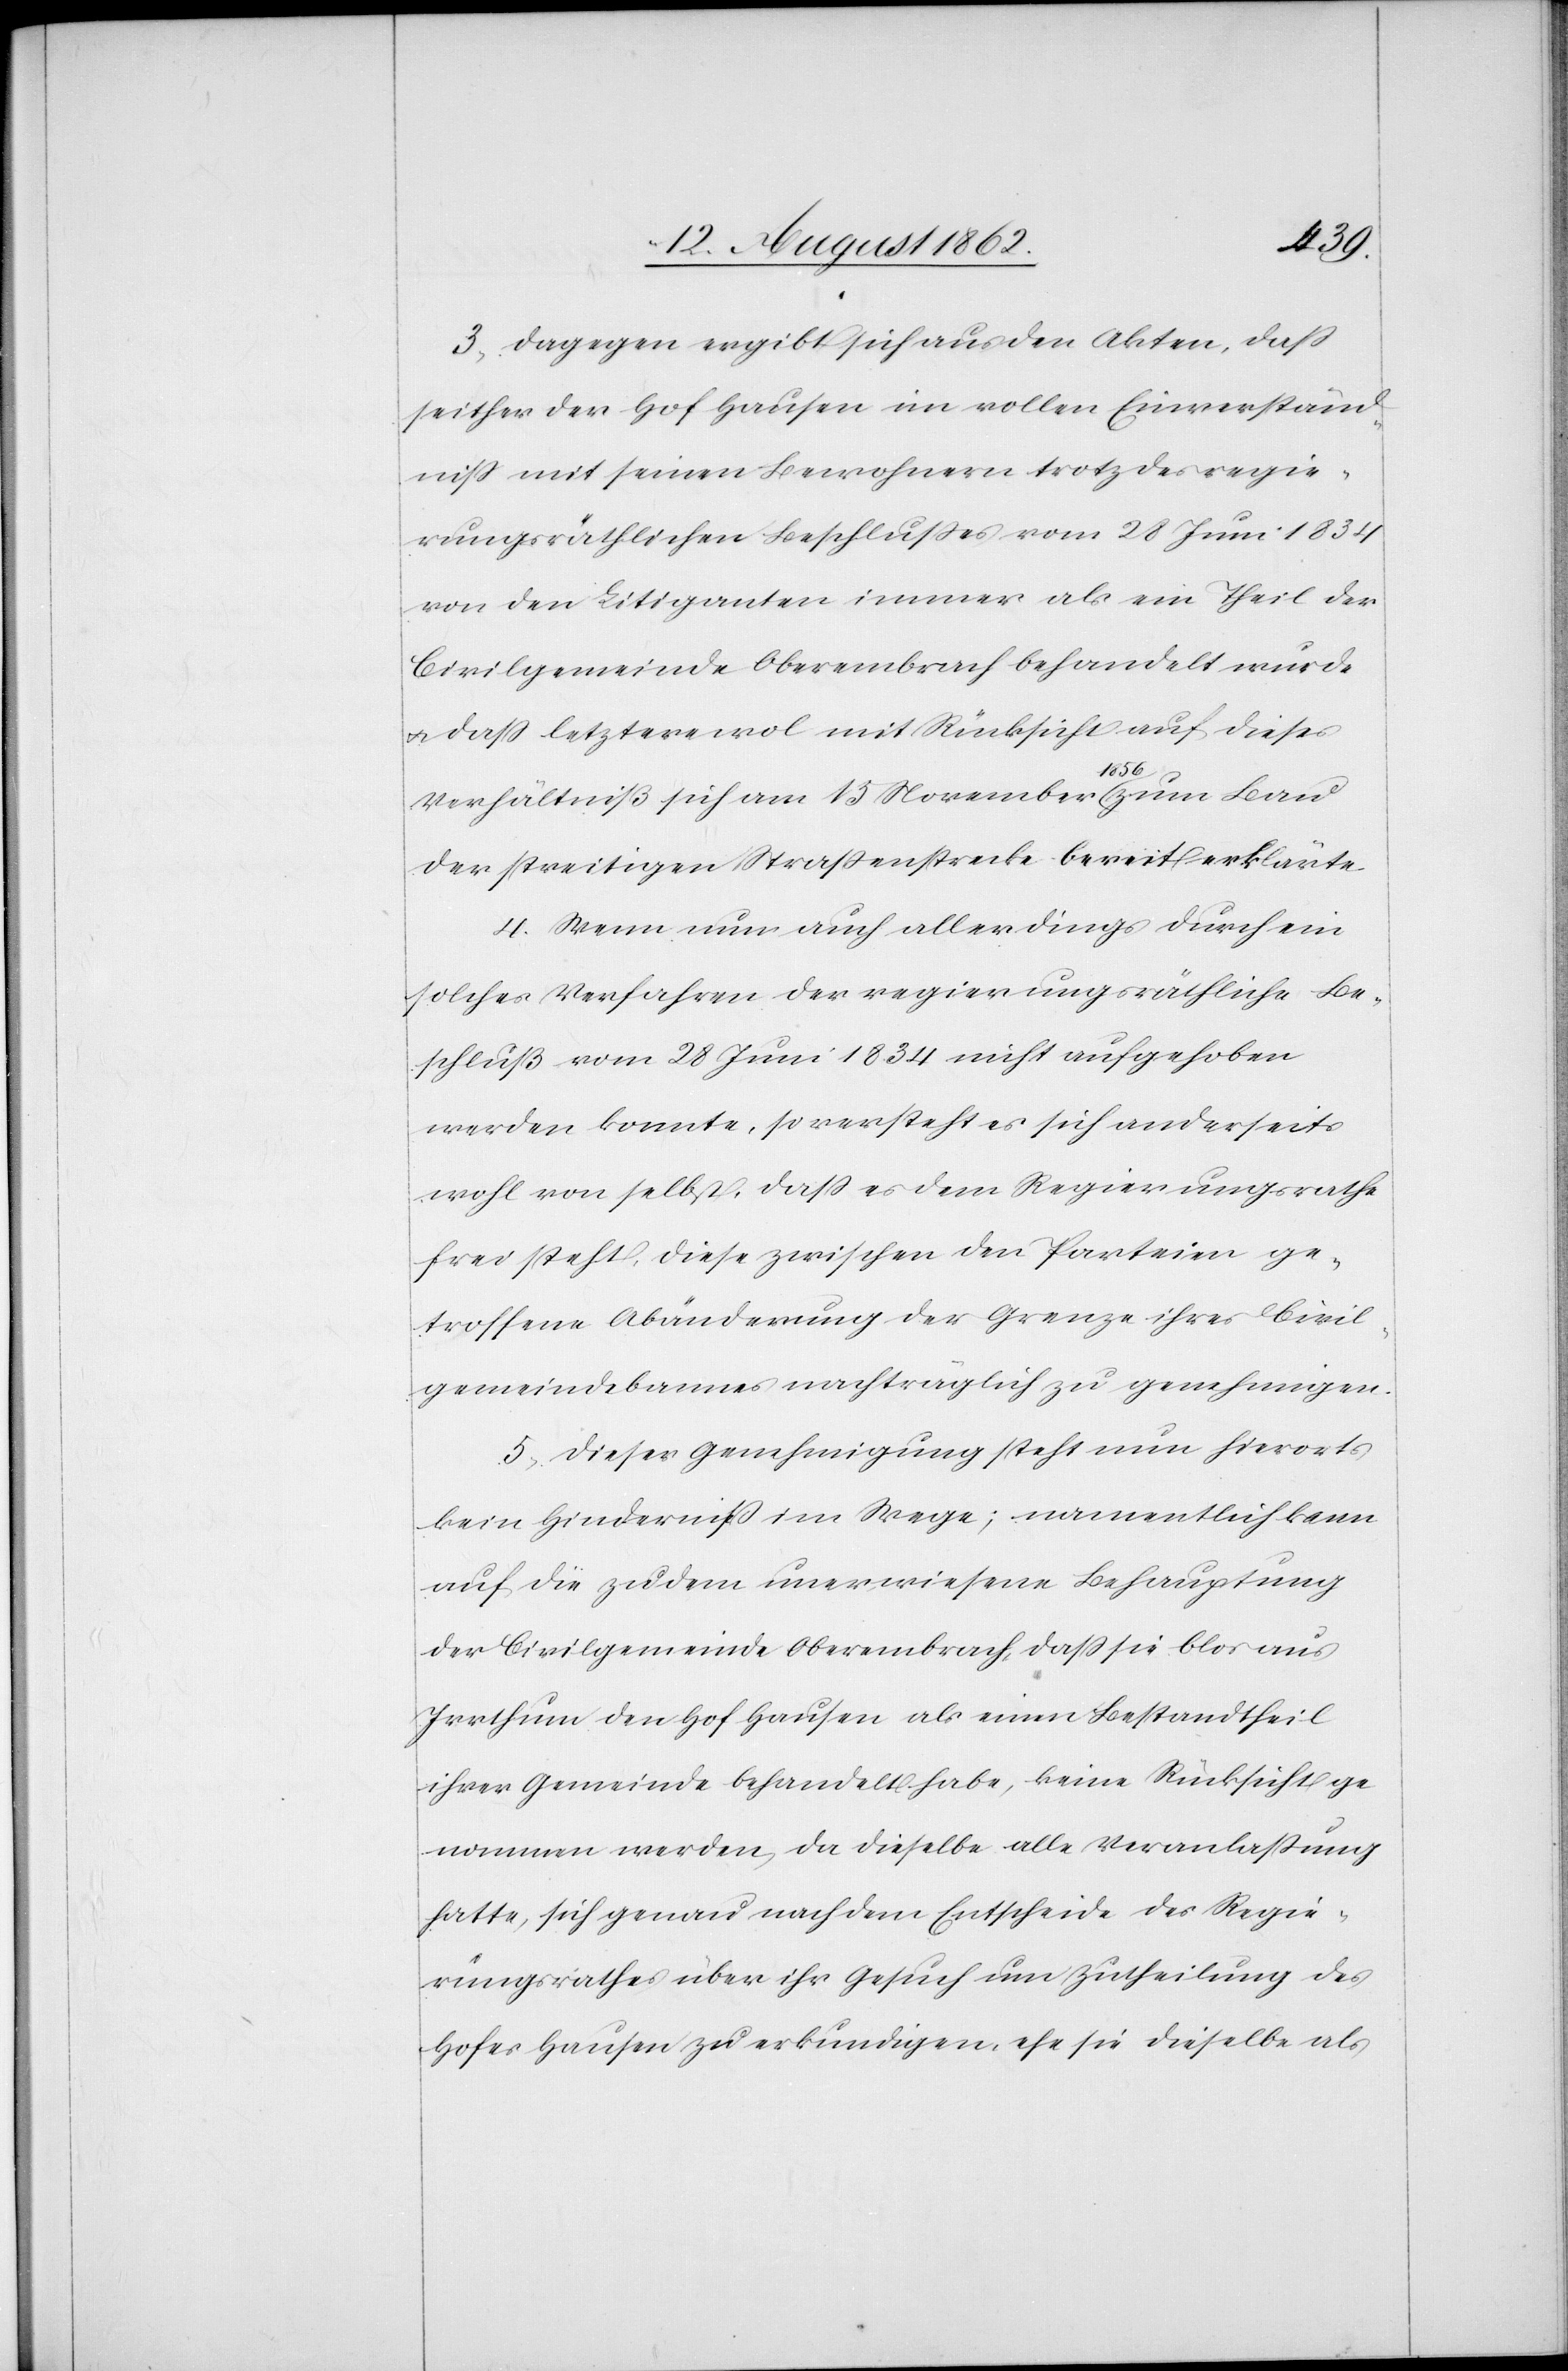
3. Dagegen ergibt sich aus den Akten, daß
seither der Hof Hausen im vollen Einverständ¬
niß mit seinen Bewohnern trotz des regie¬
rungsräthlichen Beschlusses vom 28. Juni 1834
von den Litiganten immer als ein Theil der
Civilgemeinde Oberembrach behandelt wurde
u. daß letztere wol mit Rücksicht auf diese
Verhältniß sich am 15. November 1856 zum Bau
der streitigen Straßenstrecke bereit erklärte.
4. Wenn nun auch allerdings durch ein
solches Verfahren der regierungsräthliche Be¬
schluß vom 28. Juni 1834 nicht aufgehoben
werden konnte, so versteht es sich anderseits
wohl von selbst, daß es dem Regierungsrathe
frei steht, diese zwischen den Parteien ge¬
troffene Abänderung der Grenze ihres Civil¬
gemeindebannes nachträglich zu genehmigen.
5. Dieser Genehmigung steht nun hierorts
kein Hinderniß im Wege; namentlich kann
auf die zudem unerwiesene Behauptung
der Civilgemeinde Oberembrach, daß sie blos aus
Irrthum den Hof Hausen als einen Bestandtheil
ihrer Gemeinde behandelt habe, keine Rücksicht ge¬
nommen werden, da dieselbe alle Veranlaßung
hatte, sich genau nach dem Entscheide des Regie¬
rungsrathes über ihr Gesuch um Zutheilung des
Hofes Hausen zu erkundigen, ehe sie dieselbe als